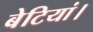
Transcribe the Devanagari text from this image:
बेटियां।